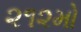
૨૧૨મો